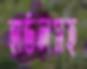
হার্ডলসহ